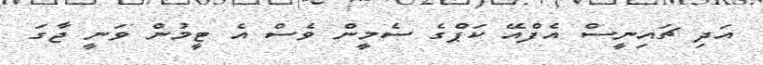
އަދި ޗައިނީސް އެފްއޭ ކަޕްގެ ސެމީން ވެސް އެ ޓީމުން ވަނީ ޖާގަ